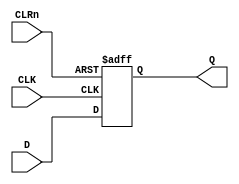
module My_dff(D,Q,CLK,CLRn);
	input D,CLK,CLRn;
	output reg Q;
	
	always@(posedge CLK or negedge CLRn)
		if(!CLRn)
			Q <= 0;
		else
			Q <= D;
endmodule